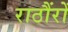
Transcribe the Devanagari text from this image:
राठौंरों